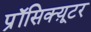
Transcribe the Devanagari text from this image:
प्रॉसिक्य़ूटर